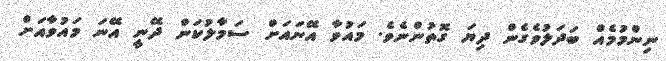
ނިންމުމެއް ބަދަލުވެގެން ދިޔަ ގޮތުންނެވެ. މައުވާ އޭނައަށް ސަމާލުކަން ދޭނީ އޭނަ މައުވާއަށް